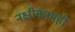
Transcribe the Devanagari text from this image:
नक्षीकामही